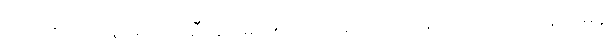
ဂလင်း ဘာမှန်းမသိခဲ့ ဆီးချိုပမာဏကို အမျိုးသားရေးဝါဒသည် မိုင်အိုက်မုန့်